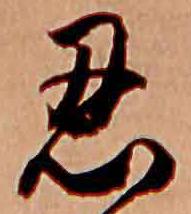
忍